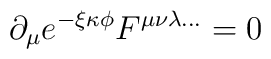
\partial_{\mu} e^{- \xi \kappa \phi} F^{\mu\nu\lambda \ldots} = 0